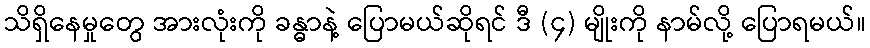
သိရှိနေမှုတွေ အားလုံးကို ခန္ဓာနဲ့ ပြောမယ်ဆိုရင် ဒီ (၄) မျိုးကို နာမ်လို့ ပြောရမယ်။